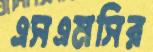
এসএমসির